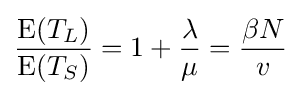
{\frac {\operatorname {\operatorname {E} } (T_{L})}{\operatorname {\operatorname {E} } (T_{S})}}=1+{\frac {\lambda }{\mu }}={\frac {\beta N}{v}}